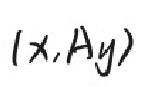
$(x,Ay)$